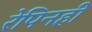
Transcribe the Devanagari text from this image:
रेपिनही